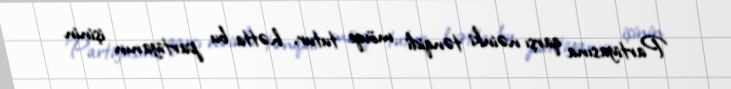
Partiyasına qarşı nəinki tənqidi mövqe tutur, hətta bu partiyanın işinin